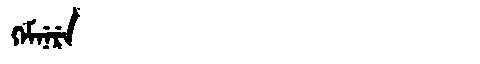
Manchu: ᡴᡝᠮᠨᡝᡵᡝ
Romanization: KEMNERE